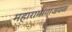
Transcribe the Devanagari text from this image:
महारामांगाजवळ